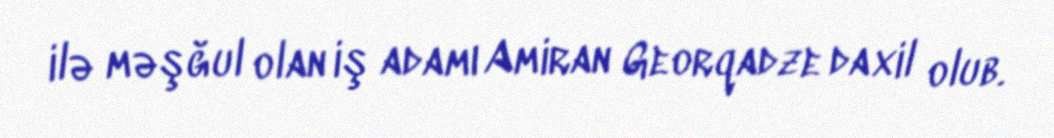
ilə məşğul olan iş adamı Amiran Georqadze daxil olub.